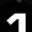
Digit: 1